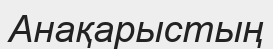
Анақарыстың